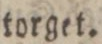
torget.